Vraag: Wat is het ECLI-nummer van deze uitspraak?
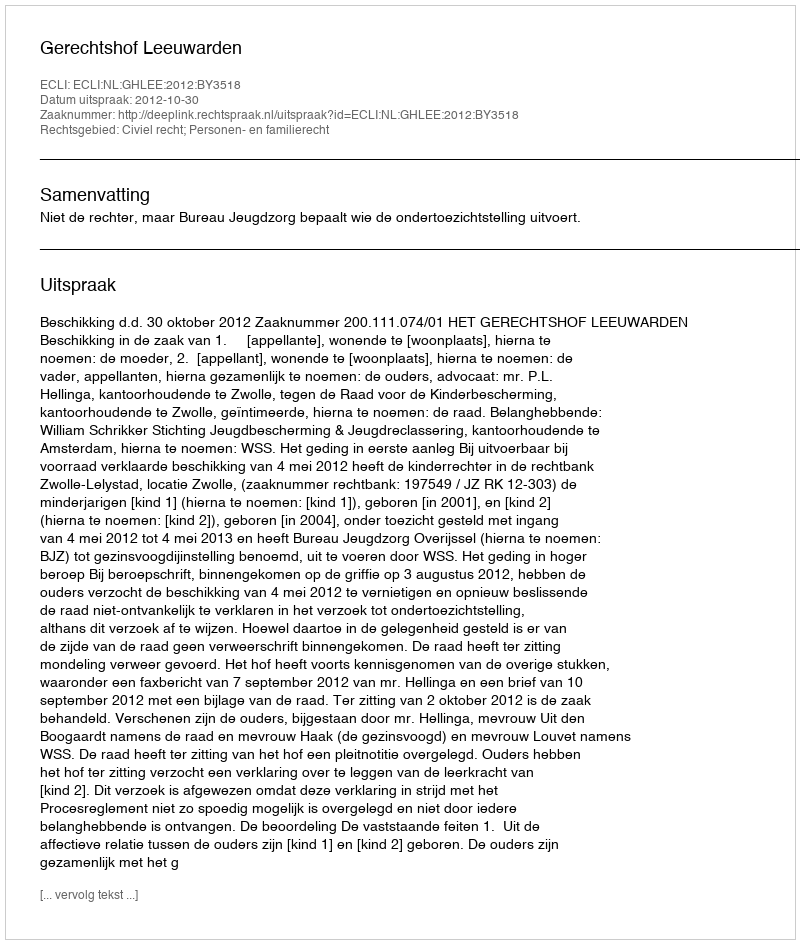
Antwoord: ECLI:NL:GHLEE:2012:BY3518